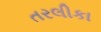
તરલીકા